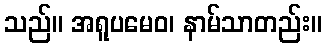
သည်။ အရူပမေဝ၊ နာမ်သာတည်း။